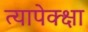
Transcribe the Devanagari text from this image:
त्यापेक्क्षा